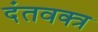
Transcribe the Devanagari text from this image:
दंतवक्त्र